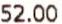
52.00